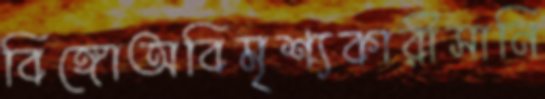
বিঙ্গোঅবিমৃশ্যকারীসানি